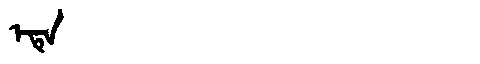
Manchu: ᡝᡨᡝ
Romanization: ETE